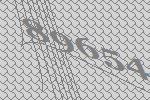
89654